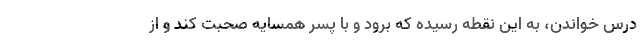
درس خواندن، به این نقطه رسیده که برود و با پسر همسایه صحبت کند و از